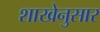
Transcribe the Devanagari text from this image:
शाखेनुसार